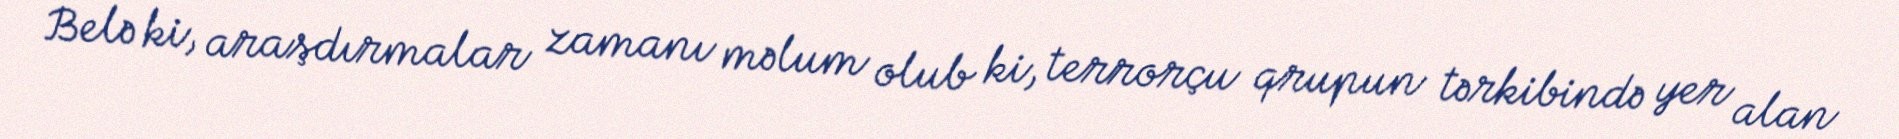
Belə ki, araşdırmalar zamanı məlum olub ki, terrorçu qrupun tərkibində yer alan